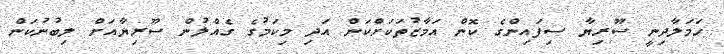
ހަމަލާދިނީ ސޫރިޔާ ސިފައިންގެ ކޮން އަމާޒުތަކަށްކަން އަދި މިކަމުގެ ގެއްލުން ސޫރިޔާއަށް ލިބުނުކަން